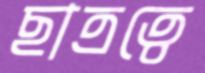
ছাত্রত্বে